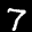
Label: 7